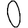
Digit: 0